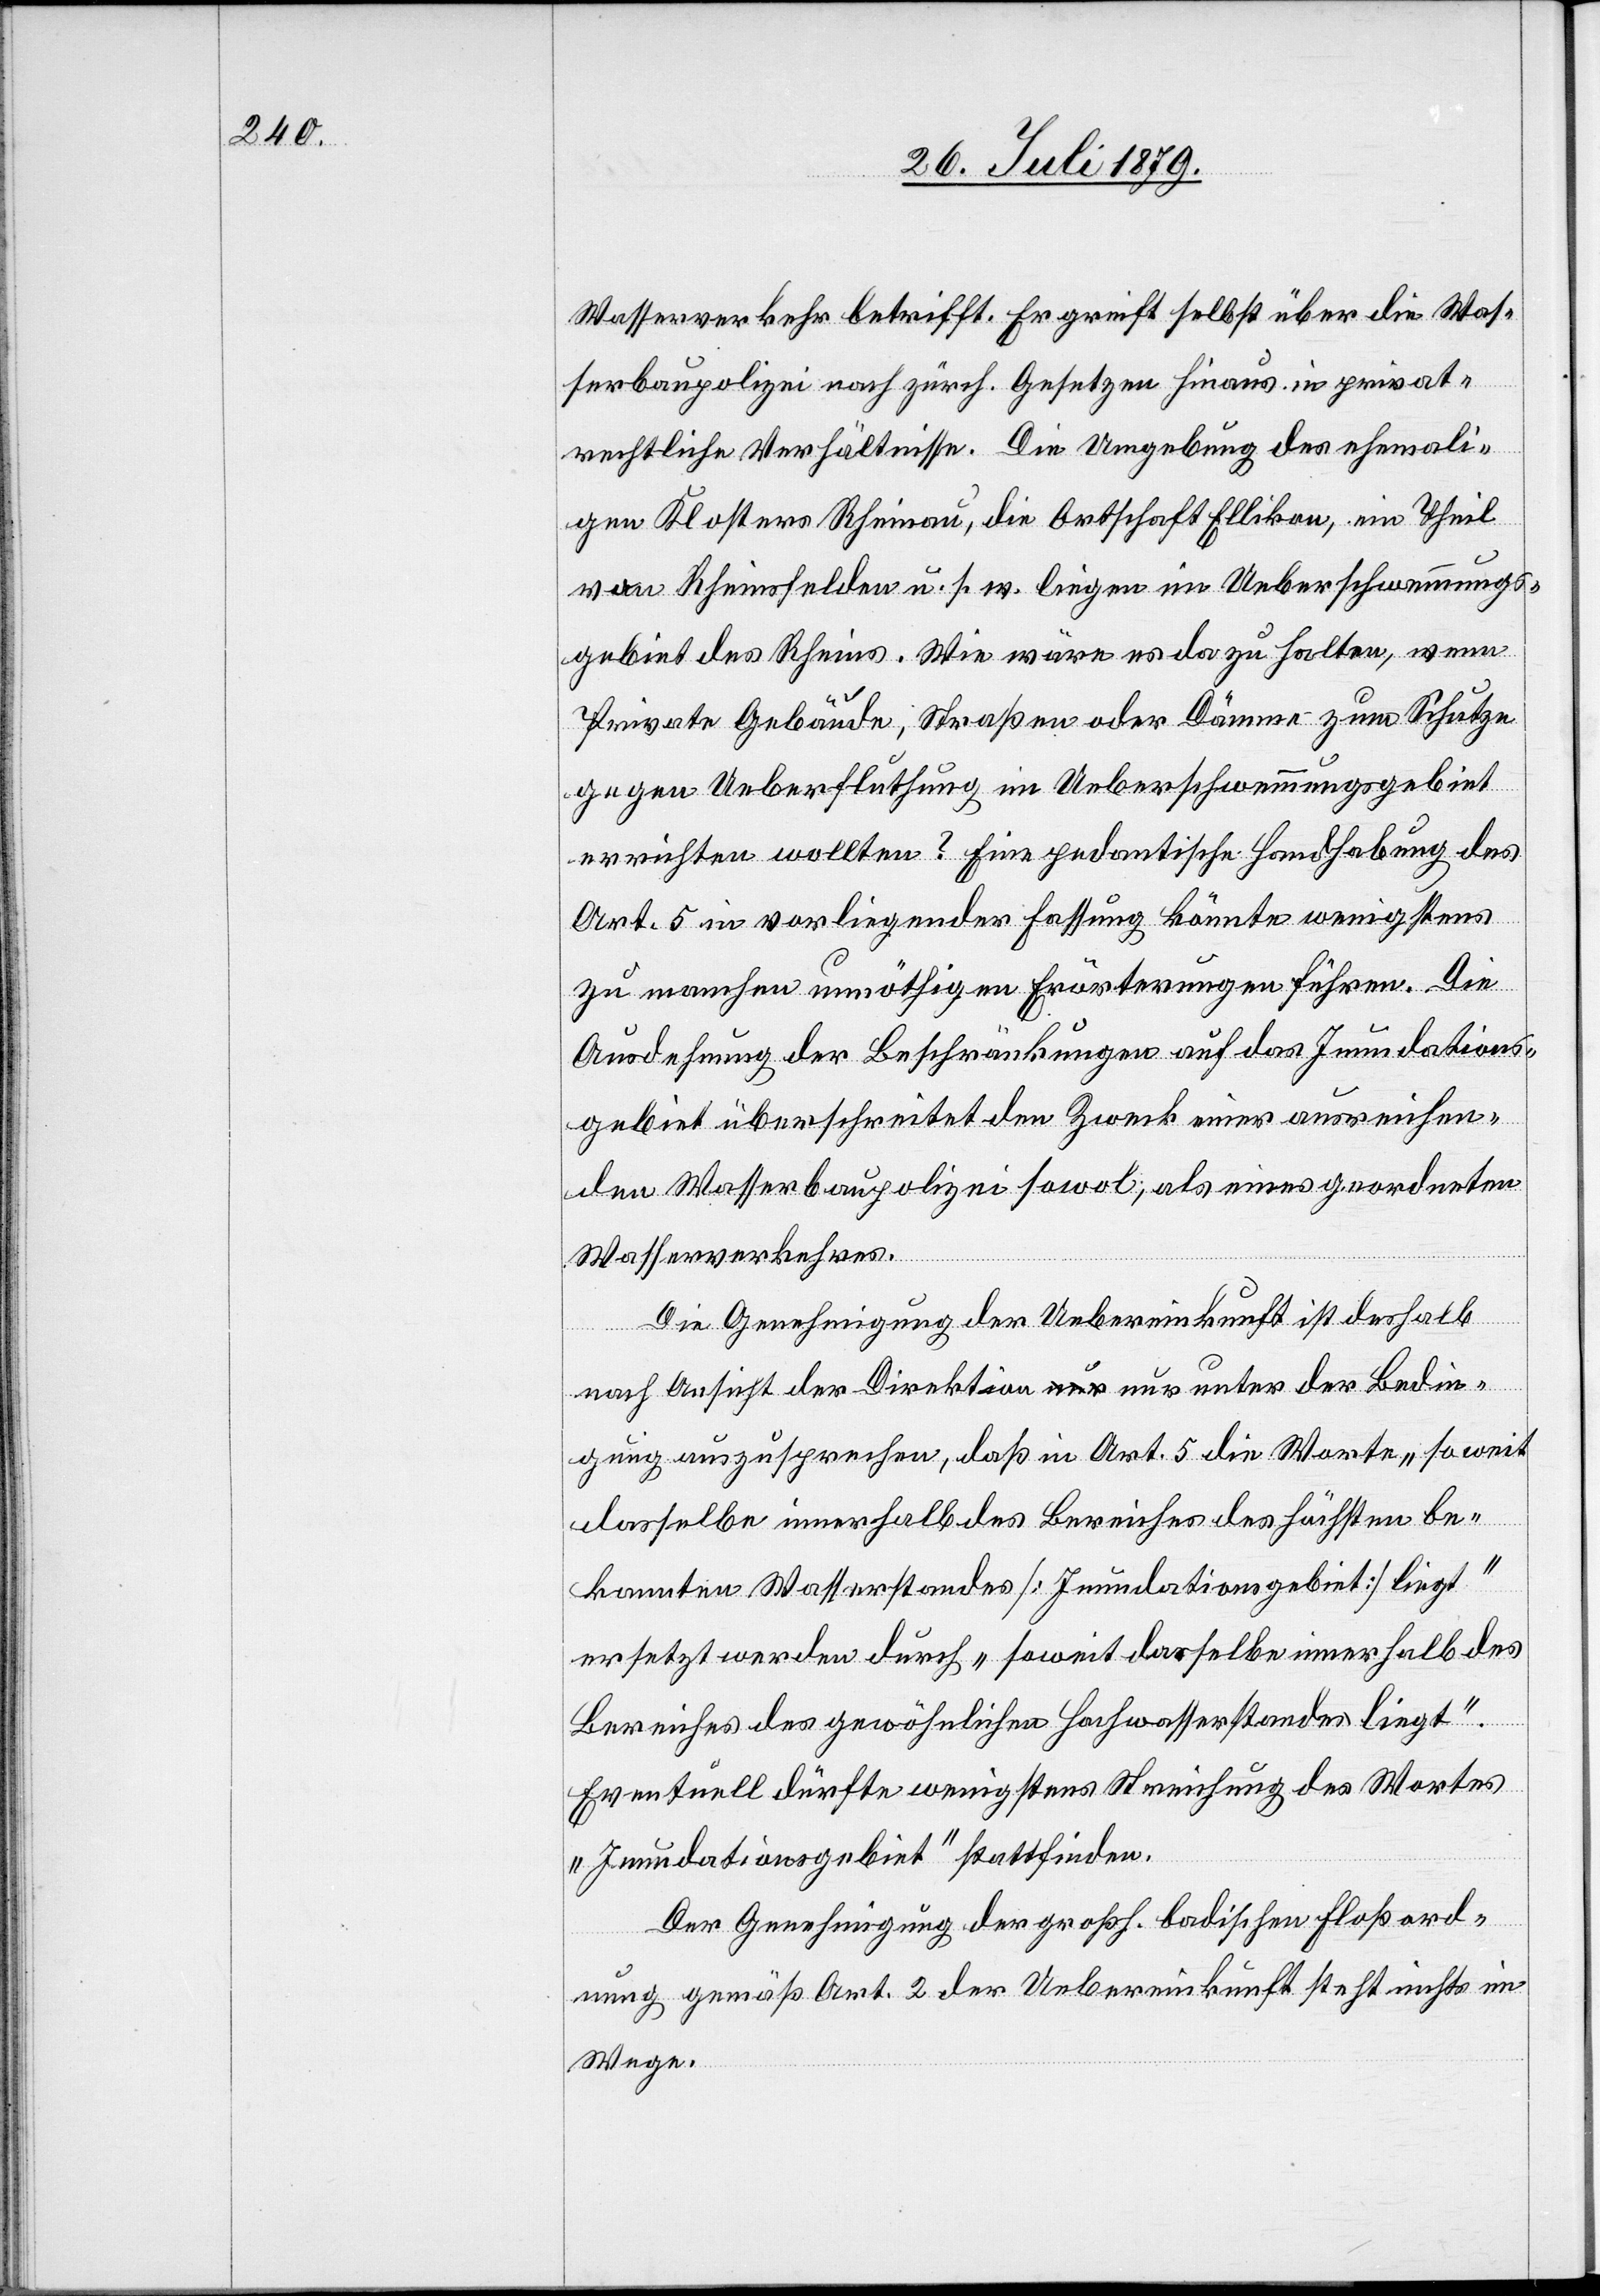
Wasserverkehr betrifft. Er greift selbst über die Was¬
serbaupolizei nach zürch. Gesetzen hinaus in privat¬
rechtliche Verhältnisse. Die Umgebung des ehemali¬
gen Klosters Rheinau, die Ortschaft Ellikon, ein Theil
von Rheinsfelden u. s. w. liegen im Ueberschwemmungs¬
gebiet des Rheins. Wie wäre es da zu halten, wenn
Private Gebäude, Straßen oder Dämme zum Schutze
gegen Ueberfluthung im Ueberschwemmungsgebiet
errichten wollten? Eine pedantische Handhabung des
Art. 5 in vorliegender Fassung könnte wenigstens
zu manchen unnöthigen Erörterungen führen. Die
Ausdehnung der Beschränkungen auf das Inundations¬
gebiet überschreitet den Zweck einer ausreichen¬
den Wasserbaupolizei sowol, als eines geordneten
Wasserverkehres.
Die Genehmigung der Uebereinkunft ist deshalb
nach Ansicht der Direktion nur unter der Bedin¬
gung auszusprechen, daß in Art. 5 die Warte „soweit
dasselbe innerhalb des Bereiches des höchsten be¬
kannten Wasserstandes [Inundationsgebiet] liegt“
ersetzt werden durch „soweit dasselbe innerhalb des
Bereiches des gewöhnlichen Hochwasserstandes liegt“.
Eventuell dürfte wenigstens Streichung des Wortes
„Inundationsgebiet“ stattfinden.
Der Genehmigung der großh. badischen Floßord¬
nung gemäß Art. 2 der Uebereinkunft steht nichts im
Wege.